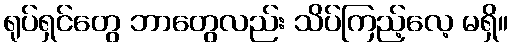
ရုပ်ရှင်တွေ ဘာတွေလည်း သိပ်ကြည့်လေ့ မရှိ။